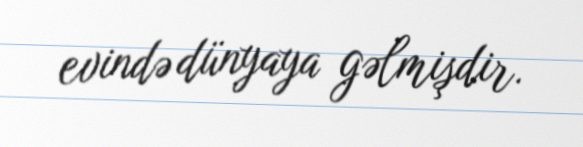
evində dünyaya gəlmişdir.